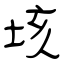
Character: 垓